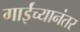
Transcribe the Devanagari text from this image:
गाईंच्यानंतर